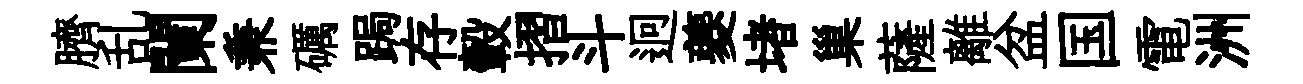
臍乱闌兼礪跼存轂摺斗迥夔堵巢薩離盆国電洲